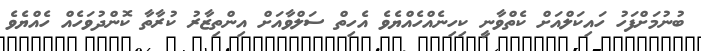
ބުނުމަށްފަހު ހައިކަލްއަށް ކެތްވާނީ ކިހިނެއްހެއްޔެވެ އެހިތް ސަލްވާއަށް އިންތިޒާރު ކުރާތާ ކޮންދުވަހެއް ހެއްޔެވެ